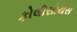
કોલીસીયસ